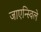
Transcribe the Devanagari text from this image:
जाएन्स्विले